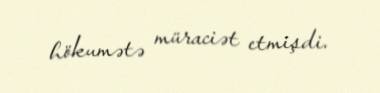
hökumətə müraciət etmişdi.